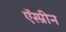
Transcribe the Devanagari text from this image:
ऍस्प्रीन